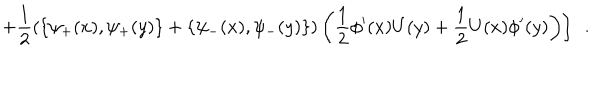
\left. + \frac { 1 } { 2 } \left( \{ \psi _ { + } ( x ) , \psi _ { + } ( y ) \} + \{ \psi _ { - } ( x ) , \psi _ { - } ( y ) \} \right) \left( \frac { 1 } { 2 } \phi ^ { \prime } ( x ) U ( y ) + \frac { 1 } { 2 } U ( x ) \phi ^ { \prime } ( y ) \right) \right] \ \ .